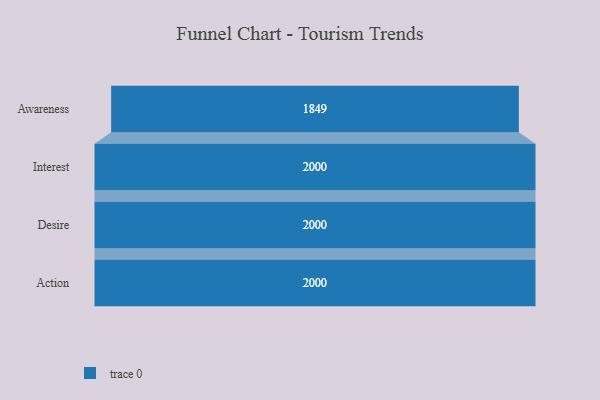
{"axis": {"x": "Stage", "y": "Value"}, "legend": [""], "data": [{"x": "Awareness", "y": 1849.0, "type": ""}, {"x": "Interest", "y": 2000, "type": ""}, {"x": "Desire", "y": 2000, "type": ""}, {"x": "Action", "y": 2000, "type": ""}]}